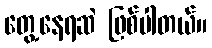
တွေ့နေရဆဲ ဖြစ်ပါတယ်။